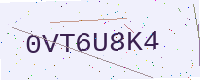
Text: 0VT6U8K4